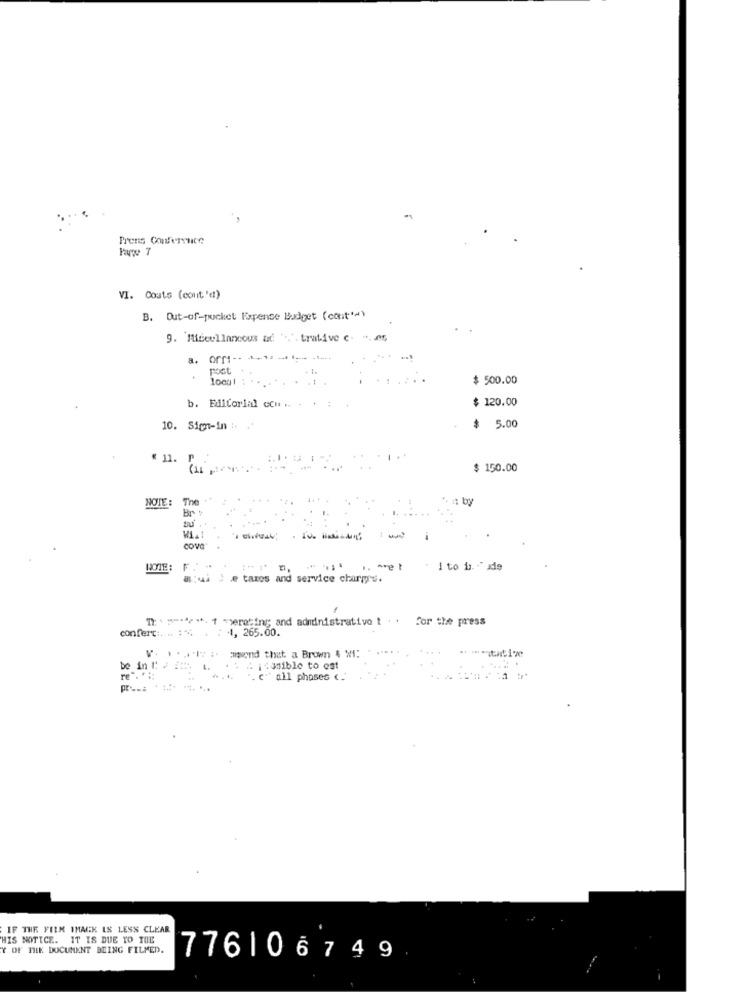
Prens Conference
VI. Couts (cont 'd)
B. Out-of-pocket Expense Budget (cont'd)
9. Mideul lancous ad ",". trative c. ". A5,
post
....
$ 500.00
$ 120.00
b. Editorial con .. . .:
10. Sign-in :. ..
$ 5.00
" 11.
$ 150.00
NOTE:
The :"
· in by
Br :
cove
HOTE:
F :.
1 to b. " ade
a:ui : @ taxes and service chirmrs.
TE: \ """" 1 -erating and administrative t . .
for the press
confert :. .. :..
4, 265.00.
amwond that a Brown & #1:
be in !!
: i dusible to est
. c" all phases c.
IF THE FILM IMACK IS LESS CLEAR
HIS NOTICE. IT IS DUE TO THE
Y OF THE DOCUMENT BEING FILMED.
776106749